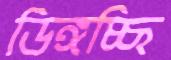
ডিঙ্গচ্ছি